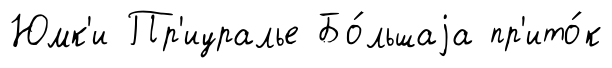
Юмк'и Пр'иуралье Бо́льшаjа пр'ито́к